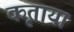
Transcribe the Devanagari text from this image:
कृताया